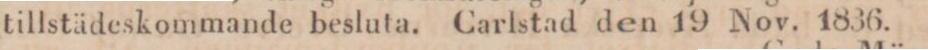
tillstädeskommande besluta. Carlstad den 19 Nov. 1836.